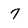
Character: 7